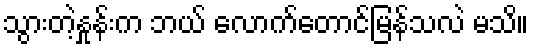
သွားတဲ့နှုန်းက ဘယ် လောက်တောင်မြန်သလဲ မသိ။